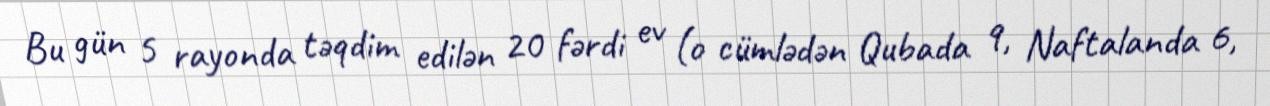
Bu gün 5 rayonda təqdim edilən 20 fərdi ev (o cümlədən Qubada 9, Naftalanda 6,